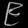
Digit: ၉